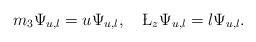
LaTeX: \begin{align*}m_3\Psi_{u,l} = u\Psi_{u,l},~~~\L_z\Psi_{u,l}=l\Psi_{u,l}.\end{align*}